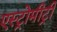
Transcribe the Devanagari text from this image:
एस्ट्रोमीट्री